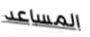
المساعد